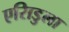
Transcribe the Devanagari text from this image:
एसिडुला